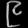
Digit: ၉